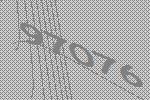
97076